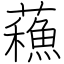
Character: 蘓